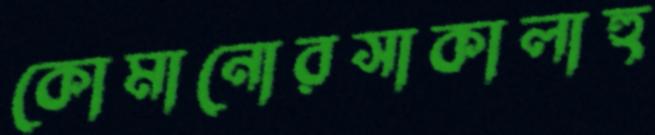
কোমানোরসাকালাহু